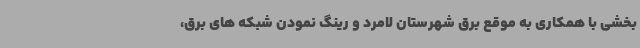
بخشی با همکاری به موقع برق شهرستان لامرد و رینگ نمودن شبکه های برق،